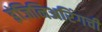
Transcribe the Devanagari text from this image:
इंजिनिअरिंगची